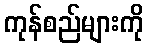
ကုန်စည်များကို